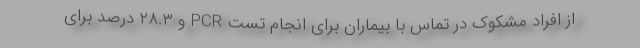
از افراد مشکوک در تماس با بیماران برای انجام تست PCR و ۲۸.۳ درصد برای